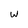
Character: W